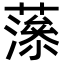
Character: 𧀉